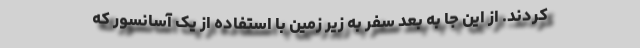
کردند. از این جا به بعد سفر به زیر زمین با استفاده از یک آسانسور که